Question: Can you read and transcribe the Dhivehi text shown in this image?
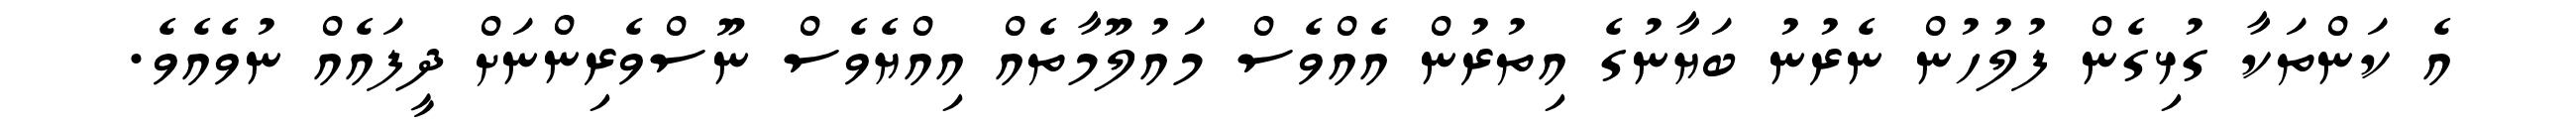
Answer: އެ ކަންތަކާ ގުޅިގެން ފުލުހުން ނެރުނު ބަޔާނުގެ އިތުރުން އެއްވެސް މައުލޫމާތެއް އިއްޔެވެސް ނޫސްވެރިންނަށް ދީފައެއް ނުވެއެވެ.